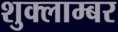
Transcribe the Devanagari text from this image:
शुक्लाम्बर